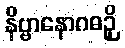
နိဗ္ဗာနောဂဓဉှိ